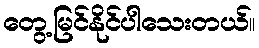
တွေ့မြင်နိုင်ပါသေးတယ်။